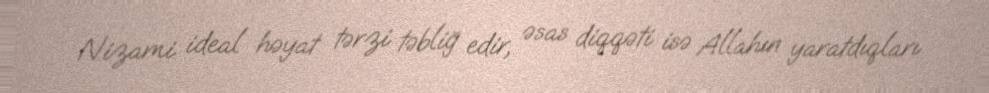
Nizami ideal həyat tərzi təbliğ edir, əsas diqqəti isə Allahın yaratdıqları